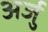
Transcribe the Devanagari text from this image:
अर्जु